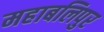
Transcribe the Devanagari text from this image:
महाबलिपुर